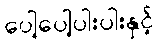
ပေါ့ပေါ့ပါးပါးနှင့်